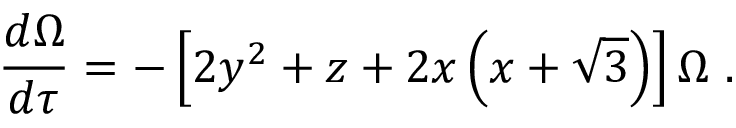
\frac { d \Omega } { d \tau } = - \left[ 2 y ^ { 2 } + z + 2 x \left( x + \sqrt { 3 } \right) \right] \Omega \ .